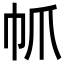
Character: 𢁬